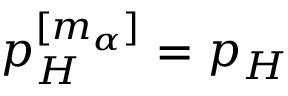
p _ { H } ^ { [ m _ { \alpha } ] } = p _ { H }